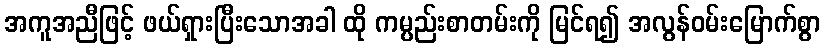
အကူအညီဖြင့် ဖယ်ရှားပြီးသောအခါ ထို ကမ္ပည်းစာတမ်းကို မြင်ရ၍ အလွန်ဝမ်းမြောက်စွာ